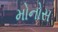
મોનોસ